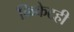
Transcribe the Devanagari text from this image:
क्रिकेटही